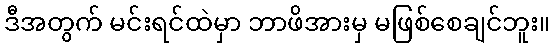
ဒီအတွက် မင်းရင်ထဲမှာ ဘာဖိအားမှ မဖြစ်စေချင်ဘူး။